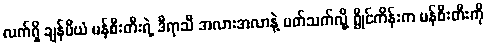
လက်ရှိ ချန်ပီယံ မန်စီးတီးရဲ့ ဒီရာသီ အလားအလာနဲ့ ပတ်သက်လို့ ရွိုင်ကိန်းက မန်စီးတီးကို